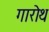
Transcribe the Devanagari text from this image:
गारोथ